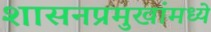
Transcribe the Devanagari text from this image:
शासनप्रमुखांमध्ये